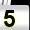
Digit: 5